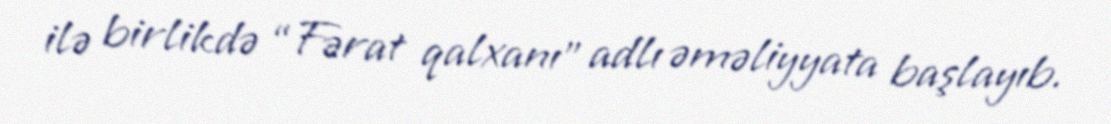
ilə birlikdə “Fərat qalxanı” adlı əməliyyata başlayıb.